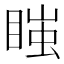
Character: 𭿇